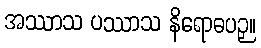
အဿာသ ပဿာသ နိရောဓပဉှ။